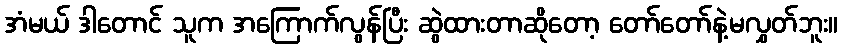
အံမယ် ဒါတောင် သူက အကြောက်လွန်ပြီး ဆွဲထားတာဆိုတော့ တော်တော်နဲ့မလွှတ်ဘူး။